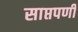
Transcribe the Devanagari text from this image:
साप्तपर्णी